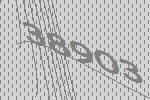
38903